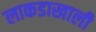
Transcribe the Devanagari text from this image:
लाकडाखाली